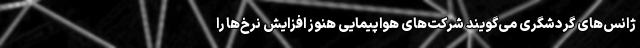
ژانس‌های گردشگری می‌گویند شرکت‌های هواپیمایی هنوز افزایش نرخ‌ها را